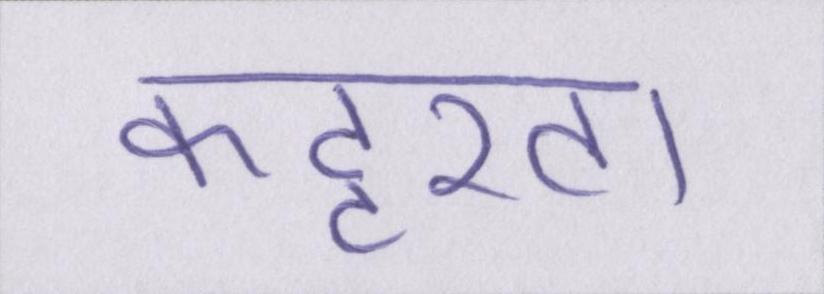
कट्टरता